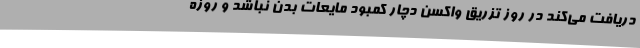
دریافت می‌کند در روز تزریق واکسن دچار کمبود مایعات بدن نباشد و روزه